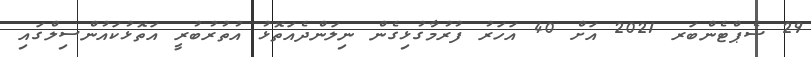
29 ސެޕްޓެންބަރ 2021 އަށް 40 އަހަރު ފުރުމާގުޅިގެން ނިލަންދެއަތޮޅު އުތުރުބުރީ އަތޮޅުކައުންސިލްގައި